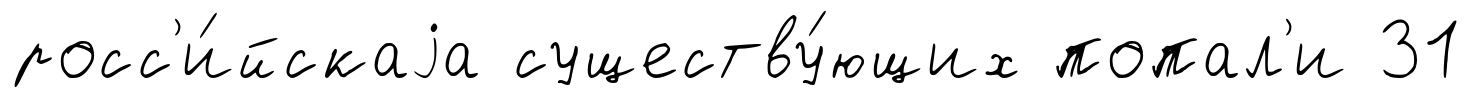
росс'и́йскаjа существу́ющих попал'и 31